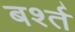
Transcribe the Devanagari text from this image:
बर्श्त